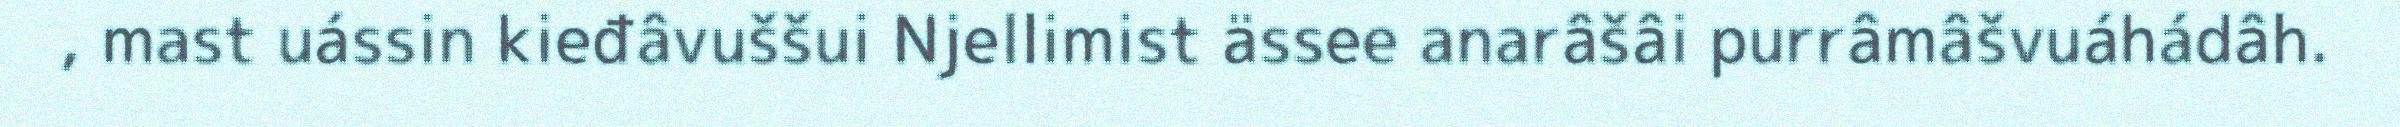
, mast uássin kieđâvuššui Njellimist ässee anarâšâi purrâmâšvuáhádâh.